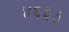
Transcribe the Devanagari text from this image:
४६६३